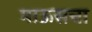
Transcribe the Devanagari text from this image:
माऊसचा